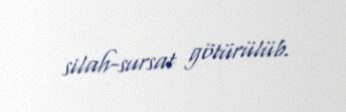
silah-sursat götürülüb.